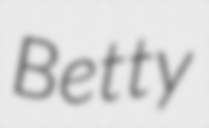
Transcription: Betty